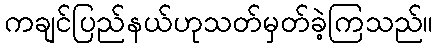
ကချင်ပြည်နယ်ဟုသတ်မှတ်ခဲ့ကြသည်။